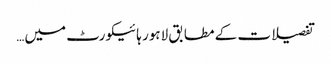
تفصیلات کے مطابق لاہور ہائیکورٹ میں…